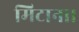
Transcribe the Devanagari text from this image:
मिटाना।